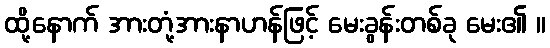
ထို့နောက် အားတုံ့အားနာဟန်ဖြင့် မေးခွန်းတစ်ခု မေး၏ ။